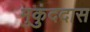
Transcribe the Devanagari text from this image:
मुकुंददास